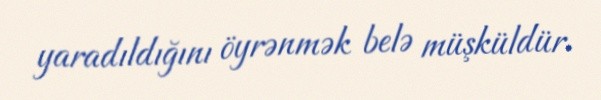
yaradıldığını öyrənmək belə müşküldür.